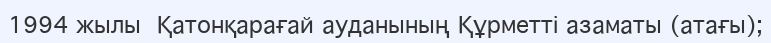
1994 жылы  Қатонқарағай ауданының Құрметті азаматы (атағы);